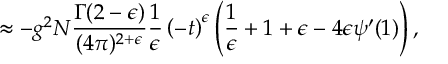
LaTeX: \approx - g ^ { 2 } N \frac { \Gamma ( 2 - \epsilon ) } { ( 4 \pi ) ^ { 2 + \epsilon } } \frac { 1 } { \epsilon } \left( - t \right) ^ { \epsilon } \left( \frac { 1 } { \epsilon } + 1 + \epsilon - 4 \epsilon \psi ^ { \prime } ( 1 ) \right) ,